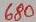
Text: 680